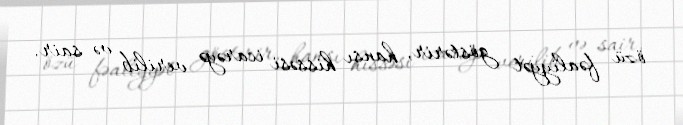
özü fəaliyyət göstərir, hansı hissəsi icarəyə verilib və sair.